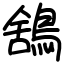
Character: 鵨